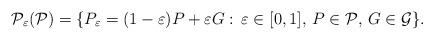
LaTeX: \begin{align*} \mathcal{P}_\varepsilon(\mathcal{P}) = \{P_\varepsilon = (1-\varepsilon)P+\varepsilon G: \, \varepsilon \in [0,1], \, P \in \mathcal{P}, \, G \in \mathcal{G}\}.\end{align*}